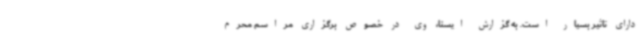
دارای تاثیر بسیار است. به گزارش ایسنا، وی در خصوص برگزاری مراسم محرم